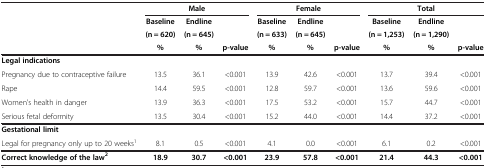
|  | <COLSPAN=3> Male | <COLSPAN=3> Female | <COLSPAN=3> Total |
 |  | Baseline | Endline |  | Baseline | Endline |  | Baseline | Endline |  |
 |  | (n = 620) | (n = 645) |  | (n = 633) | (n = 645) |  | (n = 1,253) | (n = 1,290) |  |
 |  | % | % | p-value | % | % | p-value | % | % | p-value |
 | --- | --- | --- | --- | --- | --- | --- | --- | --- | --- |
 | Legal indications |  |  |  |  |  |  |  |  |  |
 | Pregnancy due to contraceptive failure | 13.5 | 36.1 | <0.001 | 13.9 | 42.6 | <0.001 | 13.7 | 39.4 | <0.001 |
 | Rape | 14.4 | 59.5 | <0.001 | 12.8 | 59.7 | <0.001 | 13.6 | 59.6 | <0.001 |
 | Women's health in danger | 13.9 | 36.3 | <0.001 | 17.5 | 53.2 | <0.001 | 15.7 | 44.7 | <0.001 |
 | Serious fetal deformity | 13.5 | 30.4 | <0.001 | 15.2 | 44.0 | <0.001 | 14.4 | 37.2 | <0.001 |
 | Gestational limit |  |  |  |  |  |  |  |  |  |
 | Legal for pregnancy only up to 20 weeks1 | 8.1 | 0.5 | <0.001 | 4.1 | 0.0 | <0.001 | 6.1 | 0.2 | <0.001 |
 | Correct knowledge of the law2 | 18.9 | 30.7 | <0.001 | 23.9 | 57.8 | <0.001 | 21.4 | 44.3 | <0.001 |